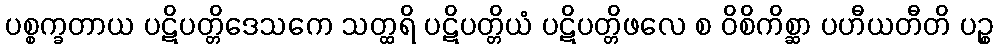
ပစ္စက္ခတာယ ပဋိပတ္တိဒေသကေ သတ္ထရိ ပဋိပတ္တိယံ ပဋိပတ္တိဖလေ စ ဝိစိကိစ္ဆာ ပဟီယတီတိ ပဉ္စ